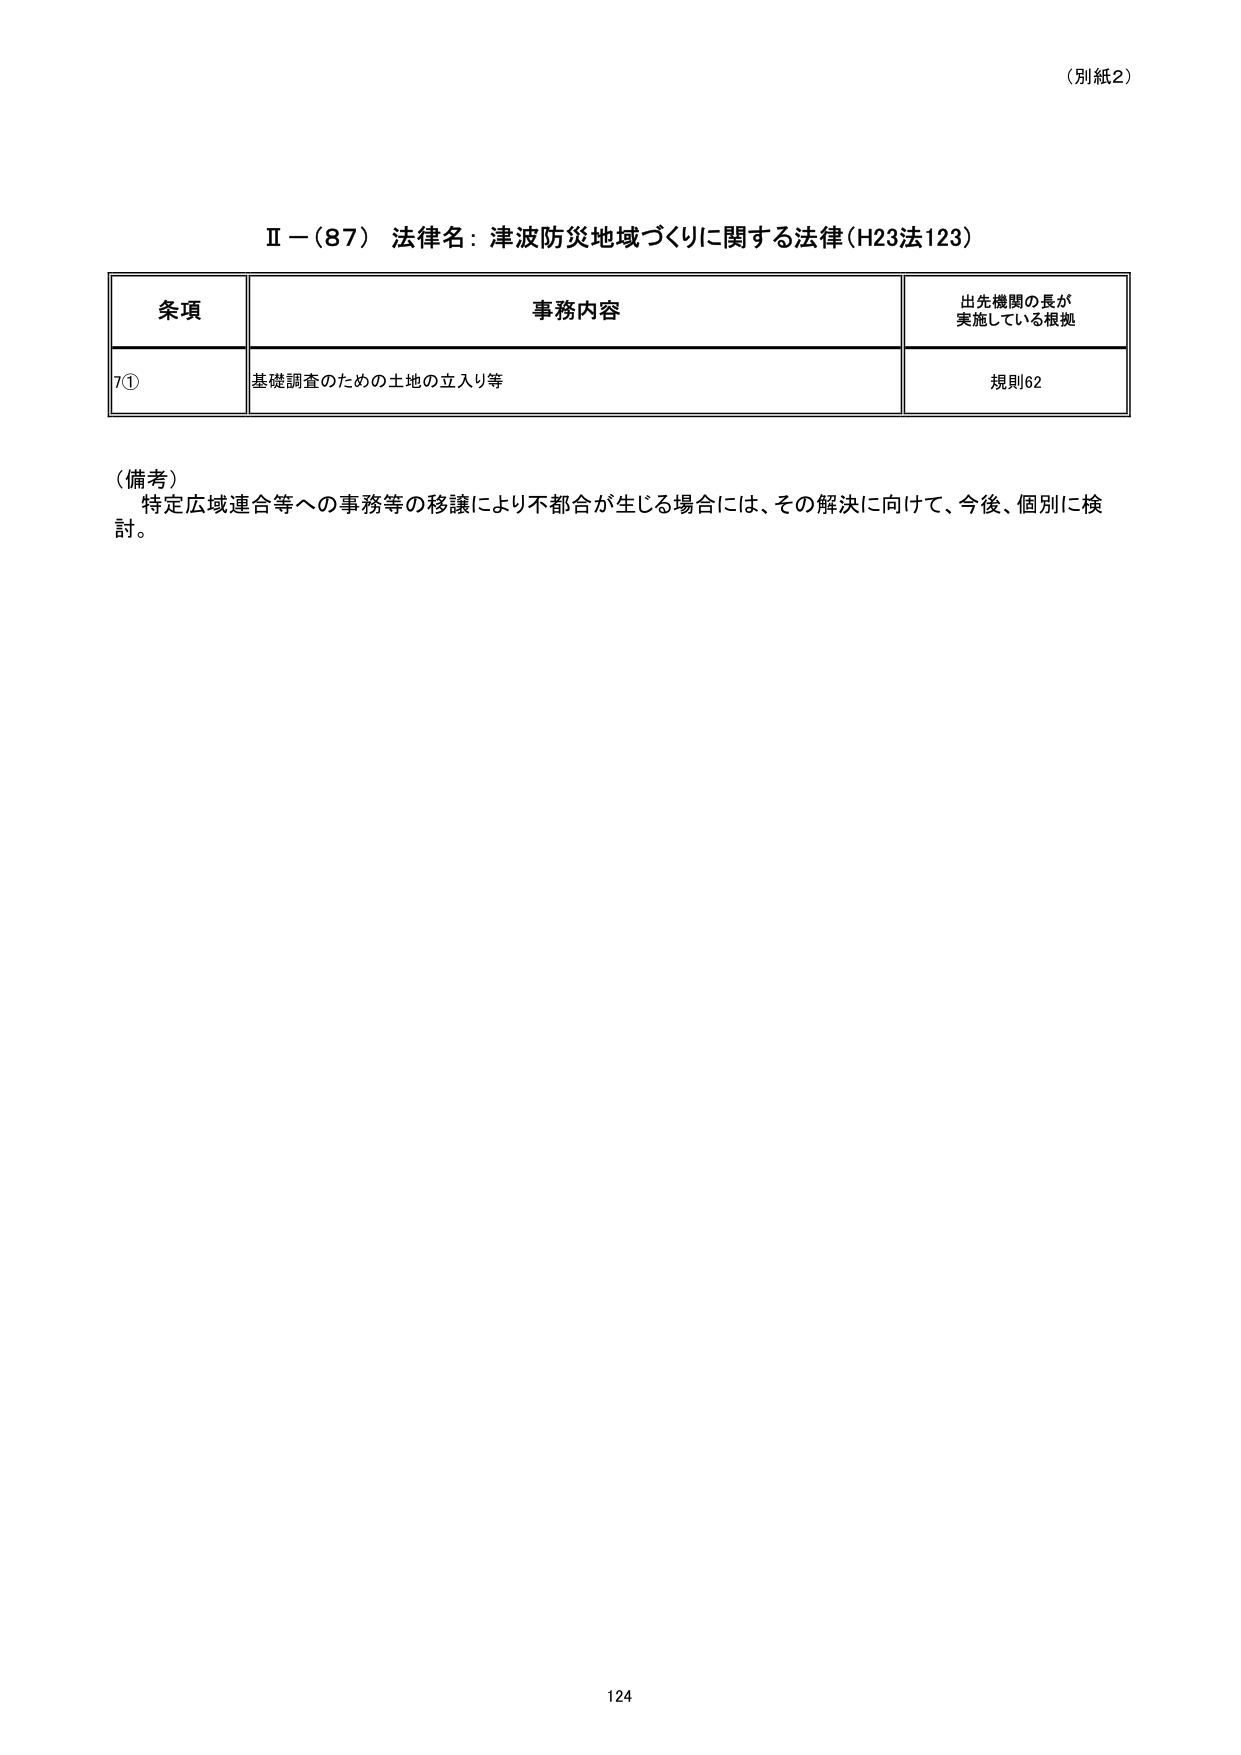
（別紙2）

Ⅱ－（87） 法律名：津波防災地域づくりに関する法律（H23法123）

条項 事務内容 出先機関の長が 実施している根拠
7① 基礎調査のための土地の立入り等 規則62

（備考）
特定広域連合等への事務等の移譲により不都合が生じる場合には、その解決に向けて、今後、個別に検討。

124